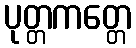
ပုတ္တကတ္တေ